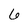
Character: 6